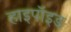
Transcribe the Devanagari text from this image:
हाइपॉइड